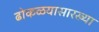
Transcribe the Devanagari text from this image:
ढोकळयासारख्या